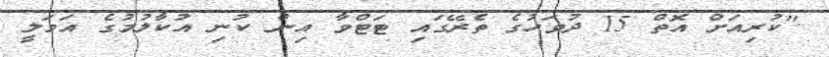
"ކުރިއަށް އޮތް 15 ދުވަހުގެ ތެރޭގައި ޓަޓްވާ އިން ކުނި އުކާލުމުގެ އަމަލީ